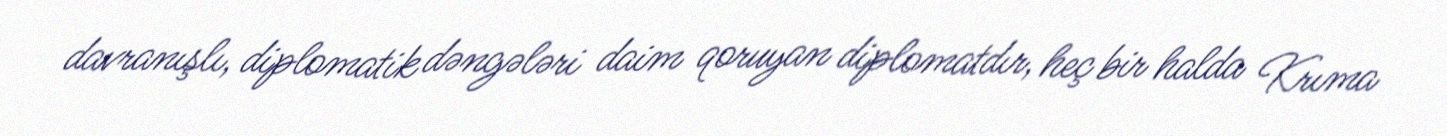
davranışlı, diplomatik dəngələri daim qoruyan diplomatdır, heç bir halda Krıma